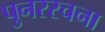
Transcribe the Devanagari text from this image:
पुनररचना